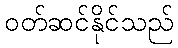
ဝတ်ဆင်နိုင်သည်